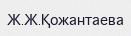
Ж.Ж.Қожантаева